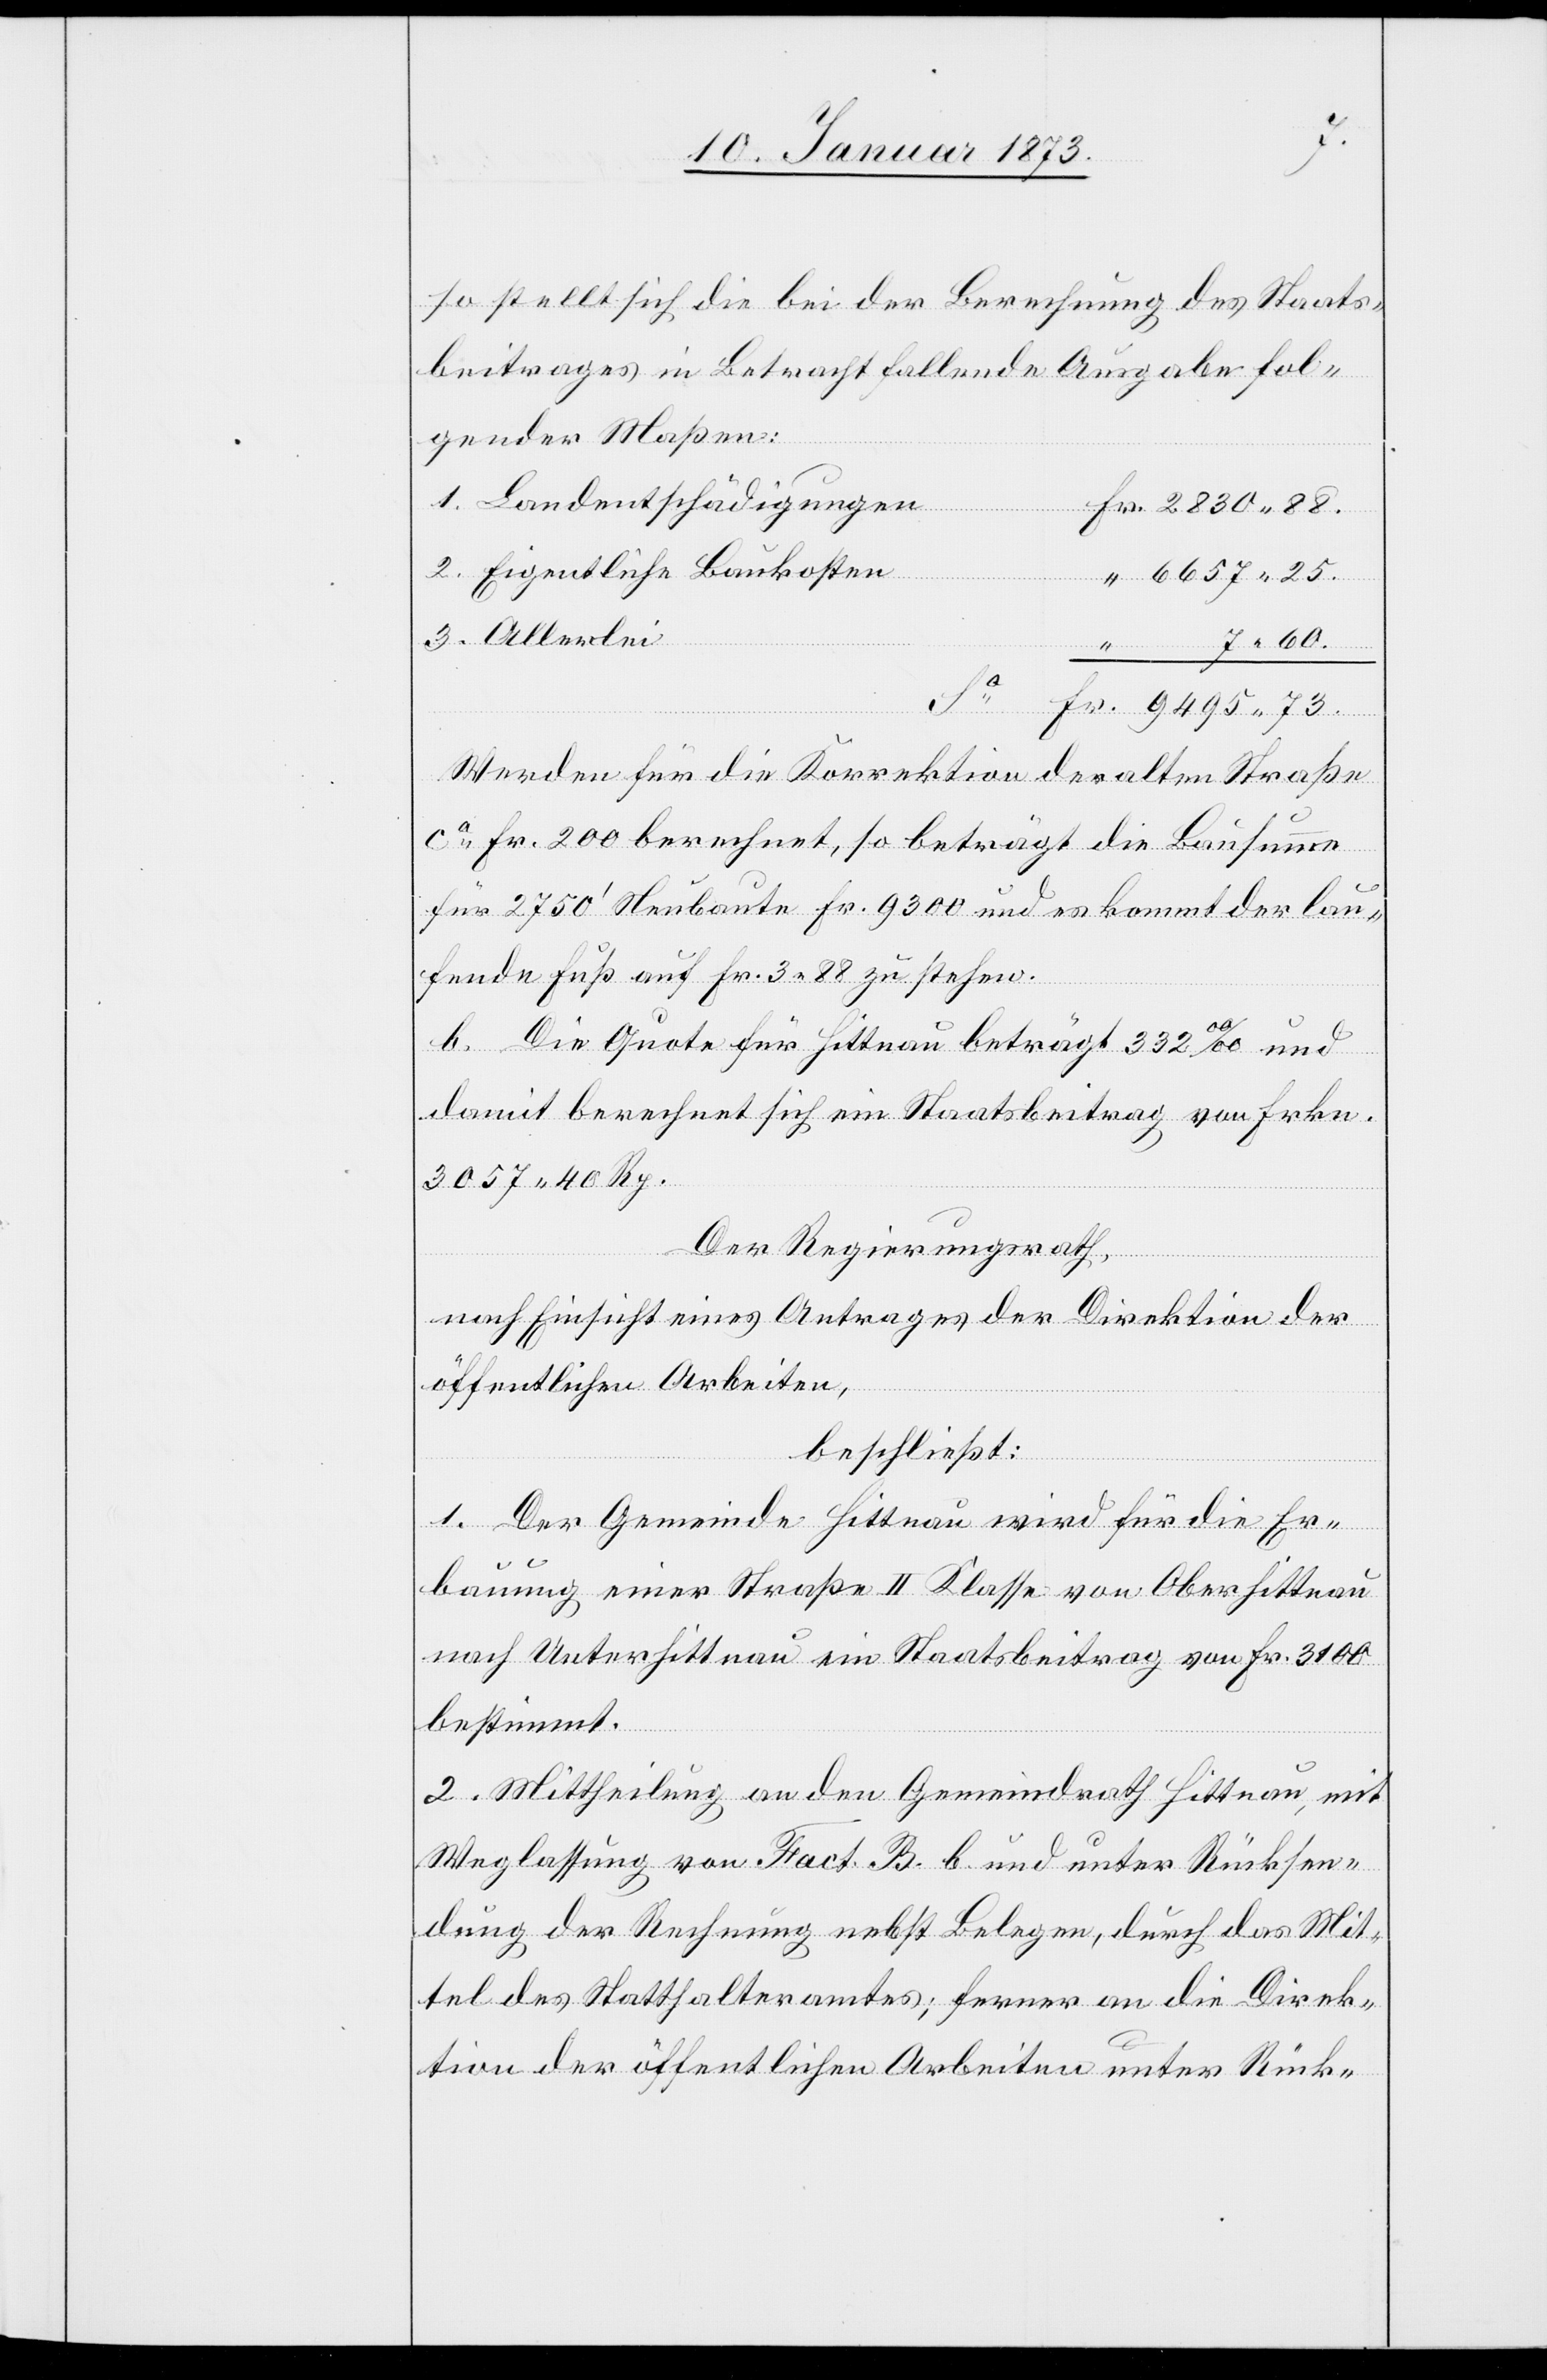
so stellt sich die bei der Berechnung des Staats¬
beitrages in Betracht fallende Ausgabe fol¬
gender Maßen:
1. Landentschädigungen
Fr. 2830.88.
2. Eigentliche Baukosten
“ 6657.25.
3. Allerlei
“ 7.60.
Sa Fr. 9495.73.
Werden für die Korrektion der alten Straße
ca Fr. 200 berechnet, so beträgt die Bausumme
für 2750‘ Neubaute Fr. 9300 und es kommt der lau¬
fende Fuß auf Fr. 3.88 zu stehen.
b) Die Quote für Hittnau beträgt 332 00/00
damit berechnet sich ein Staatsbeitrag von Frkn.
3057.40 Rp.
Der Regierungsrath,
nach Einsicht eines Antrages der Direktion der
öffentlichen Arbeiten,
beschließt:
1. Der Gemeinde Hittnau wird für die Er¬
bauung einer Straße II. Klasse von Oberhittnau
nach Unterhittnau ein Staatsbeitrag von Fr. 3100
bestimmt.
2. Mittheilung an den Gemeindrath Hittnau, mit
Weglassung von Fact. B. b. und unter Rücksen¬
dung der Rechnung nebst Belegen, durch das Mit¬
tel des Statthalteramtes, ferner an die Direk¬
tion der öffentlichen Arbeiten unter Rück-